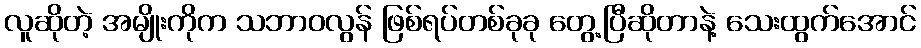
လူဆိုတဲ့ အမျိုးကိုက သဘာဝလွန် ဖြစ်ရပ်တစ်ခုခု တွေ့ပြီဆိုတာနဲ့ သေးထွက်အောင်